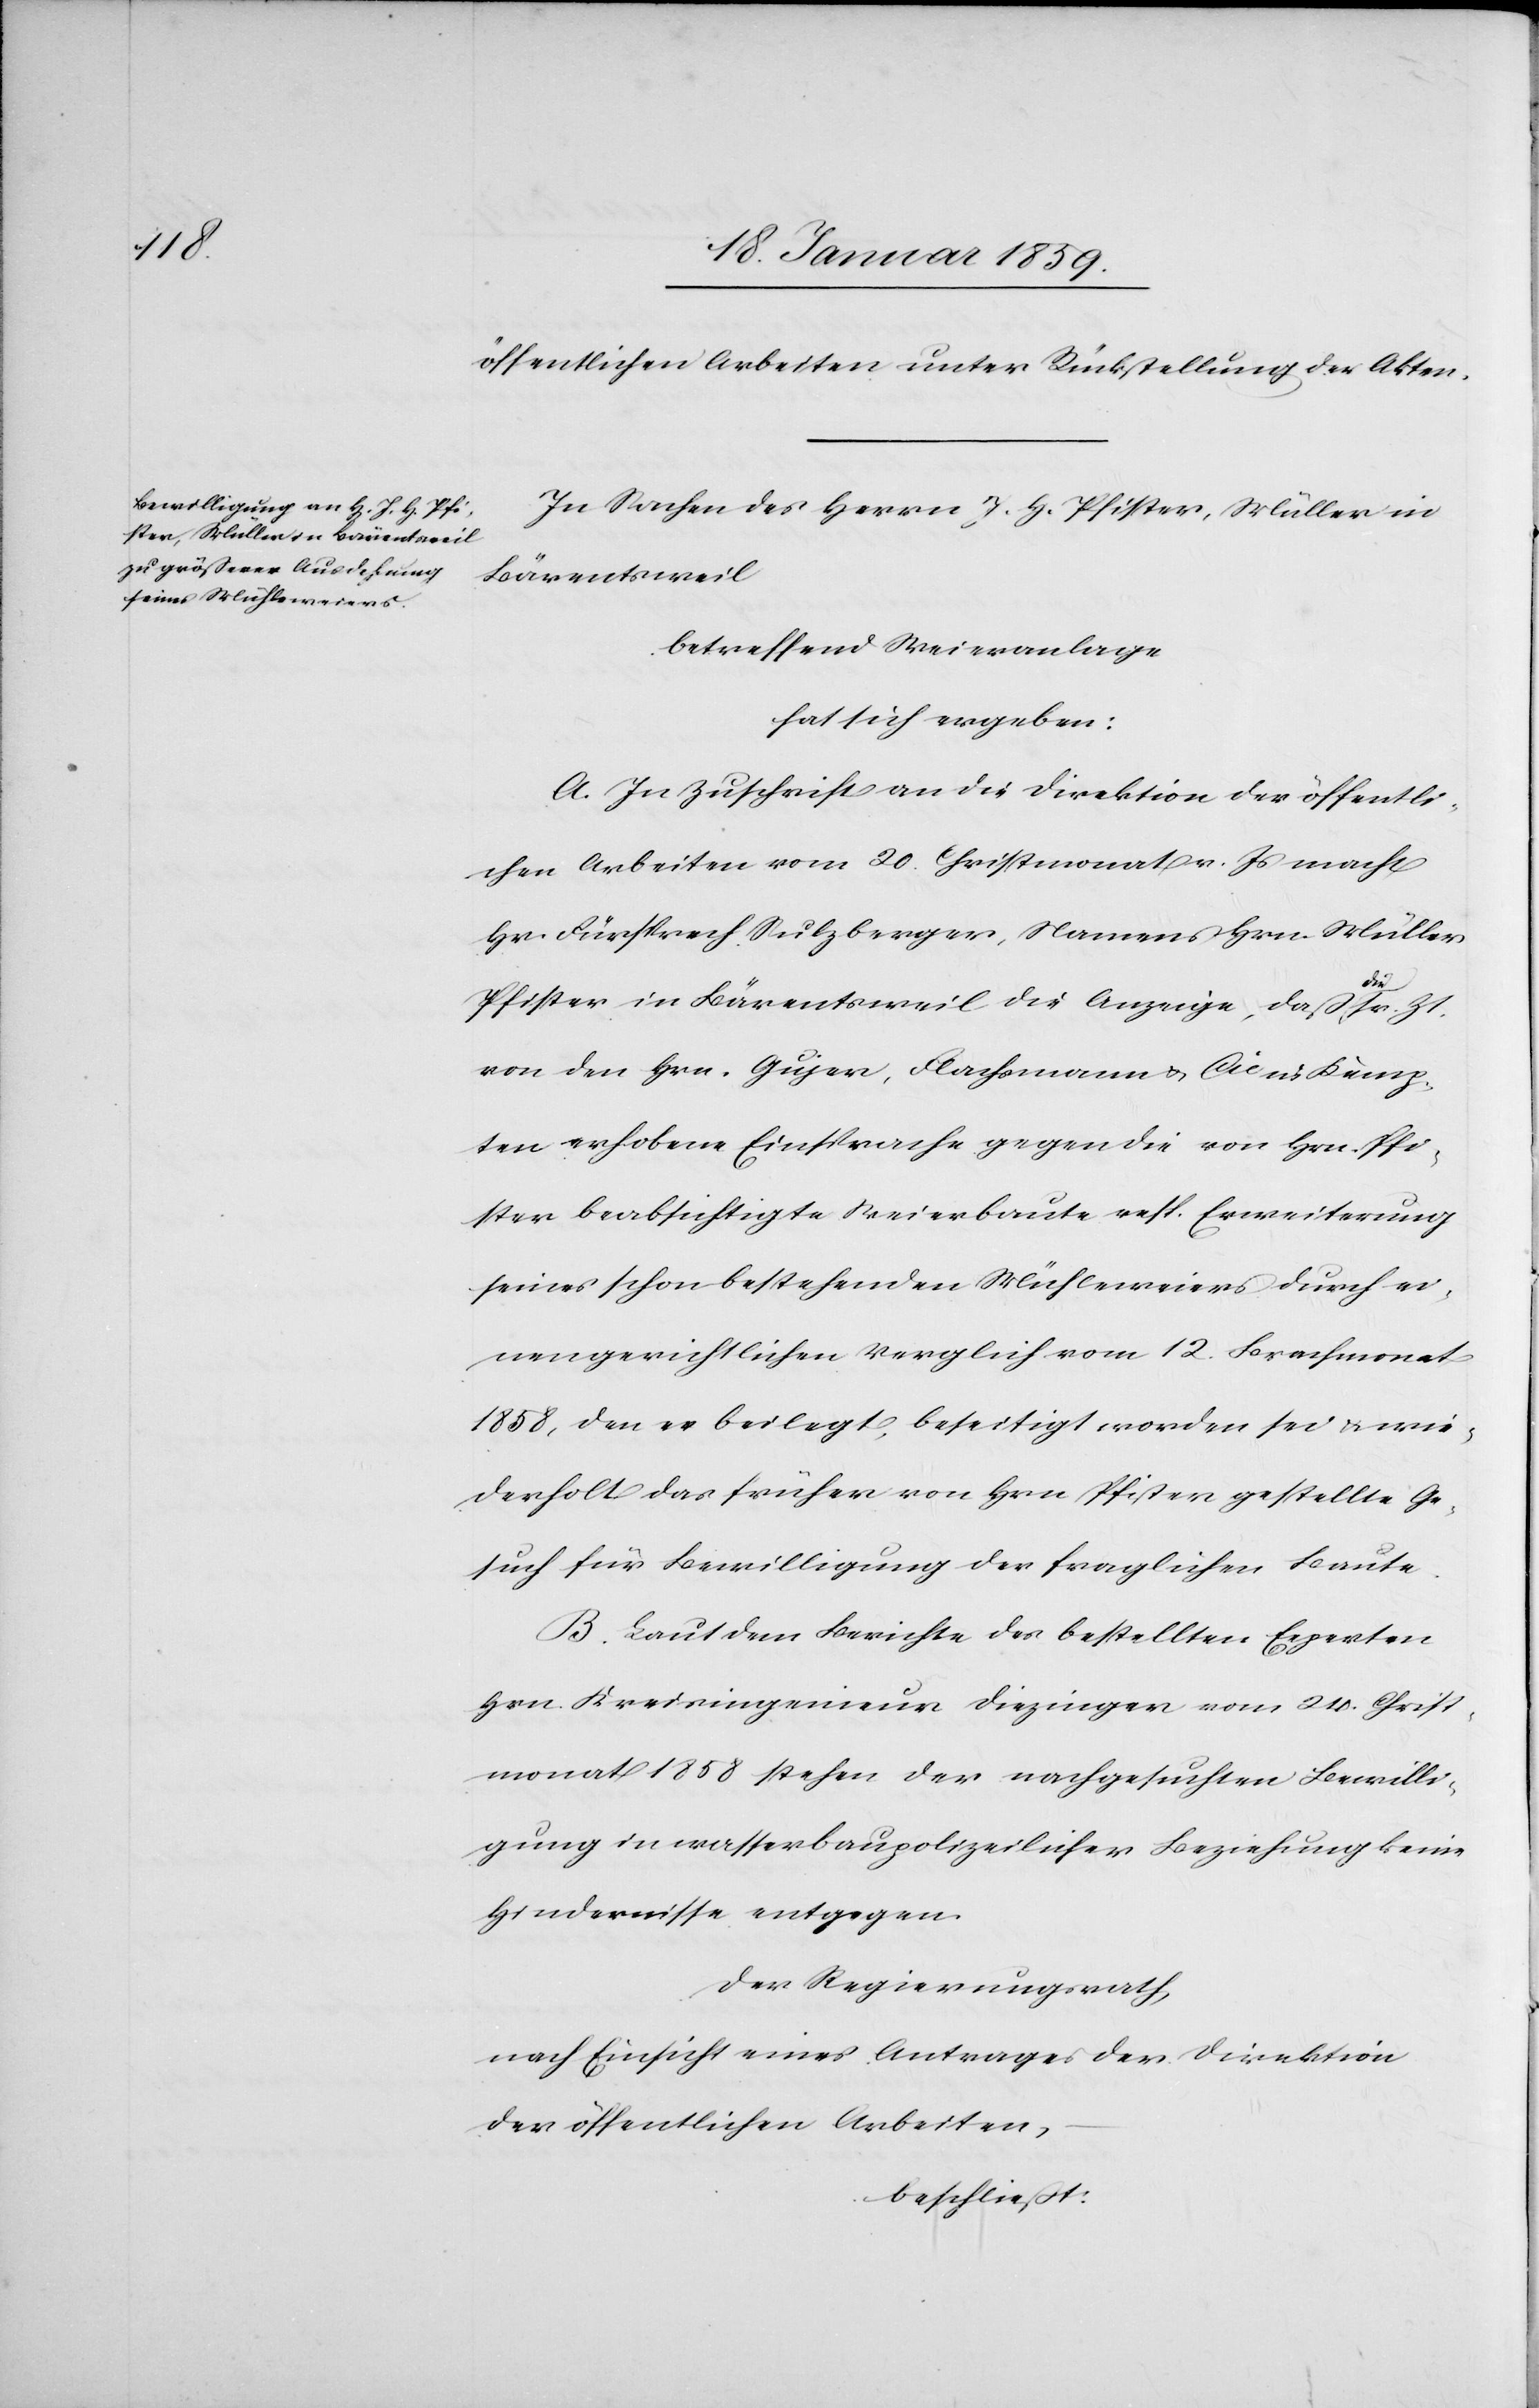
öffentlichen Arbeiten unter Rückstellung der Akten.
In Sachen des Herrn J. H. Pfister, Müller in
Bärentsweil
betreffend Weieranlage
hat sich ergeben:
A. In Zuschrift an die Direktion der öffentli¬
chen Arbeiten vom 20. Christmonat v. Js macht
Hr. Fürsprech Sulzberger, Namens Hrn. Müller
Pfister in Bärentsweil die Anzeige, daß die sr. Zt.
von den Hrn. Gujer, Flachsmann u. Cie in Kemp¬
ten erhobene Einsprache gegen die von Hrn. Pfi¬
ster beabsichtigte Weierbaute resp. Erweiterung
seines schon bestehenden Mühleweiers durch ei¬
nen gerichtlichen Vergleich vom 12. Brachmonat
1858, den er beilegt, beseitigt worden sei u. wie¬
derholt das früher von Hrn Pfister gestellte Ge¬
such für Bewilligung der fraglichen Baute.
B. Laut dem Berichte des bestellten Experten
Hrn. Kreisingenieur Diezinger vom 24. Christ¬
monat 1858 stehen der nachgesuchten Bewilli¬
gung in wasserbaupolizeilicher Beziehung keine
Hindernisse entgegen.
Der Regierungsrath,
nach Einsicht eines Antrages der Direktion
der öffentlichen Arbeiten,
beschließt: